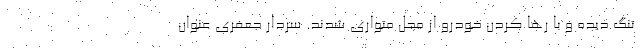
تنگ دیده و با رها کردن خودرو از محل متواری شدند. سردار جعفری عنوان